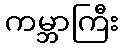
ကမ္ဘာကြီး